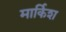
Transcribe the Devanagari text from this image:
मार्किश